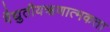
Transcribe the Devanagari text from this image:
वैद्युतीयऋणात्मकता